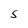
Character: S